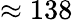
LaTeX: \approx 138